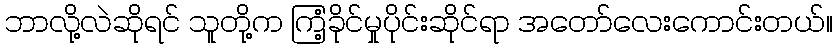
ဘာလို့လဲဆိုရင် သူတို့က ကြံ့ခိုင်မှုပိုင်းဆိုင်ရာ အတော်လေးကောင်းတယ်။